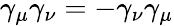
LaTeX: \gamma_{\mu}\gamma_{\nu}=-\gamma_{\nu}\gamma_{\mu}